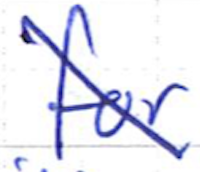
Text: for
Cross-out: diagonal
Writing tool: ballpoint